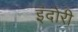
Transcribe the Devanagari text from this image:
इंदोरी